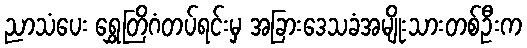
ညာသံပေး ရွှေတြိဂံတပ်ရင်းမှ အခြားဒေသခံအမျိုးသားတစ်ဦးက